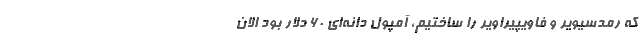
که رمدسیویر و فاویپیراویر را ساختیم، آمپول دانه‌ای ۶۰ دلار بود الان